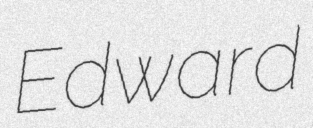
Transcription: Edward